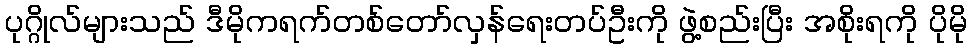
ပုဂ္ဂိုလ်များသည် ဒီမိုကရက်တစ်တော်လှန်ရေးတပ်ဦးကို ဖွဲ့စည်းပြီး အစိုးရကို ပိုမို